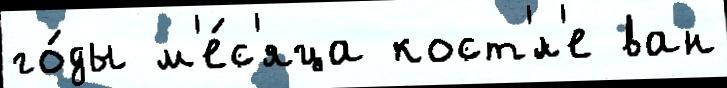
го́ды м'е́с'яца кост'́л'е ван